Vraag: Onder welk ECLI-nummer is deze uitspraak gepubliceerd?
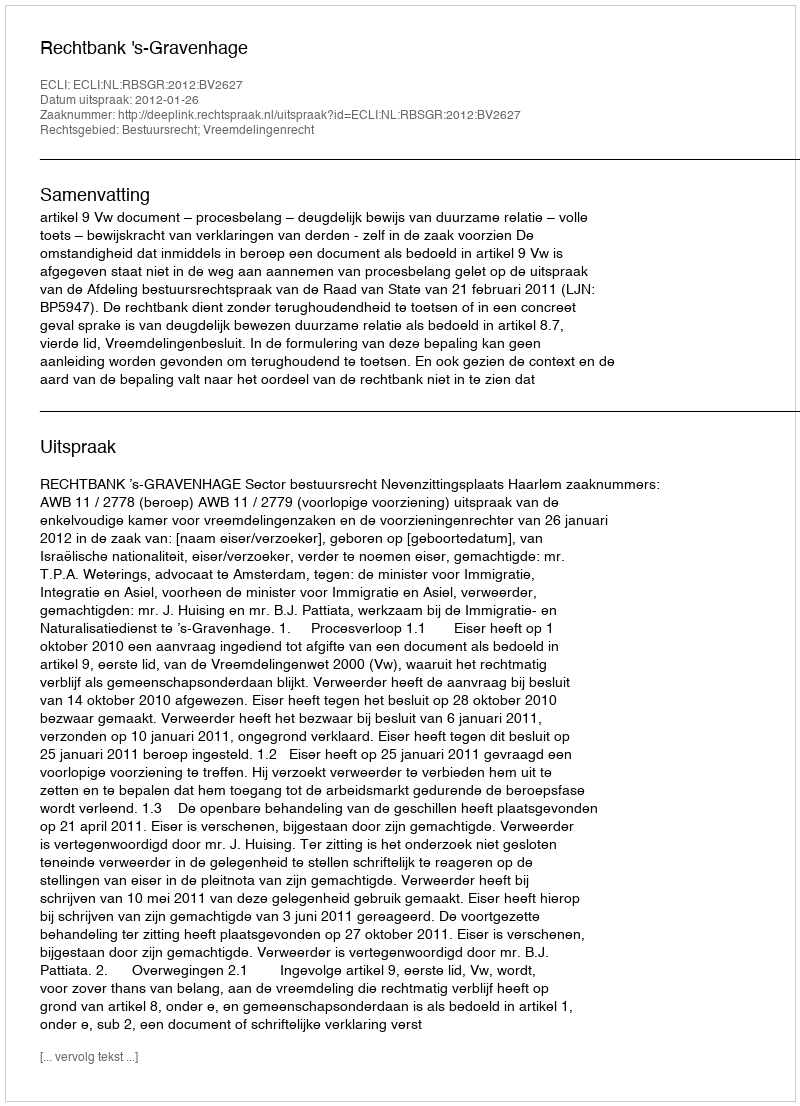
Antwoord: ECLI:NL:RBSGR:2012:BV2627